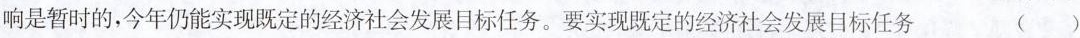
响是暂时的，今年仍能实现既定的经济社会发展目标任务。要实现既定的经济社会发展目标任务 ( )